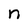
Character: n